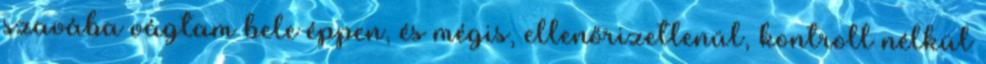
szavába vágtam bele éppen, és mégis, ellenőrizetlenül, kontroll nélkül